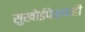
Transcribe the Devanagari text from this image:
सुखोईपेक्षाही